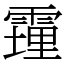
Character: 䨪